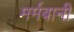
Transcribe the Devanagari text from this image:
मर्मबानी